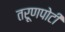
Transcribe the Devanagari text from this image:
तरूणपोटी